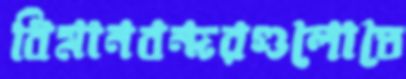
বিমানবন্দরগুলোতে